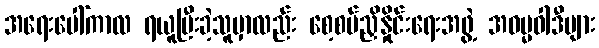
အရေးပေါ်ကာလ ရယူပြီးခဲ့သူမှာလည်း စေ့စပ်ညှိနှိုင်းရေးအဖွဲ့ အဓမ္မဝါဒီများ